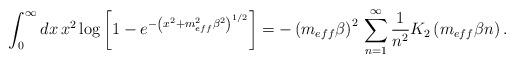
LaTeX: \begin{align*}\int _{0}^{\infty }dx\, x^{2}\log \left[1-e^{-\left(x^{2}+m_{eff}^{2}\beta ^{2}\right)^{1/2}}\right]=-\left(m_{eff}\beta \right)^{2}\, \sum _{n=1}^{\infty }\frac{1}{n^{2}}K_{2}\left(m_{eff}\beta n\right).\end{align*}